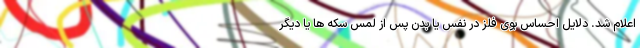
اعلام شد. دلایل احساس بوی فلز در نفس یا بدن پس از لمس سکه ها یا دیگر